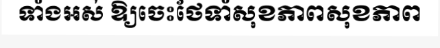
ទាំងអស់ ឱ្យចេះថែទាំសុខភាពសុខភាព